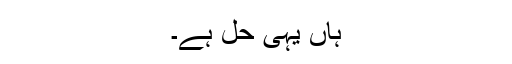
ہاں یہی حل ہے۔